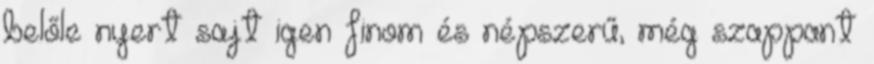
belőle nyert sajt igen finom és népszerű, még szappant